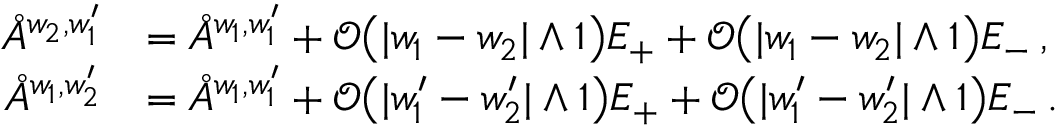
\begin{array} { r l } { \mathring { A } ^ { { w _ { 2 } , w _ { 1 } ^ { \prime } } } } & { = \mathring { A } ^ { { w _ { 1 } , w _ { 1 } ^ { \prime } } } + \mathcal { O } \big ( | w _ { 1 } - w _ { 2 } | \wedge 1 \big ) E _ { + } + \mathcal { O } \big ( | w _ { 1 } - w _ { 2 } | \wedge 1 \big ) E _ { - } \, , } \\ { \mathring { A } ^ { { w _ { 1 } , w _ { 2 } ^ { \prime } } } } & { = \mathring { A } ^ { { w _ { 1 } , w _ { 1 } ^ { \prime } } } + \mathcal { O } \big ( | w _ { 1 } ^ { \prime } - w _ { 2 } ^ { \prime } | \wedge 1 \big ) E _ { + } + \mathcal { O } \big ( | w _ { 1 } ^ { \prime } - w _ { 2 } ^ { \prime } | \wedge 1 \big ) E _ { - } \, . } \end{array}